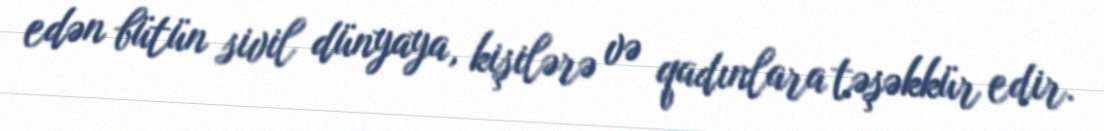
edən bütün sivil dünyaya, kişilərə və qadınlara təşəkkür edir.